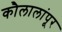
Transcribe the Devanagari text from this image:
कौलालांपूर